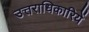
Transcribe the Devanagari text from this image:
उत्तराधिकारियें